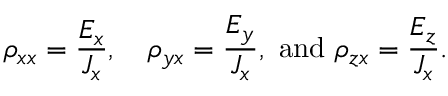
\rho _ { x x } = { \frac { E _ { x } } { J _ { x } } } , \quad \rho _ { y x } = { \frac { E _ { y } } { J _ { x } } } , { \mathrm { ~ a n d ~ } } \rho _ { z x } = { \frac { E _ { z } } { J _ { x } } } .